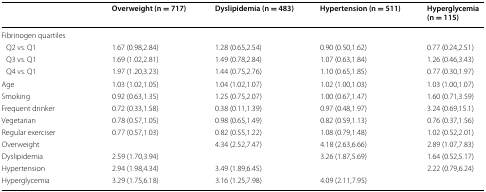
<table><thead><tr><td></td><td><b>Overweight (n = 717)</b></td><td><b>Dyslipidemia (n = 483)</b></td><td><b>Hypertension (n = 511)</b></td><td><b>Hyperglycemia (n = 115)</b></td></tr></thead><tbody><tr><td colspan="5">Fibrinogen quartiles</td></tr><tr><td> Q2 vs. Q1</td><td>1.67 (0.98,2.84)</td><td>1.28 (0.65,2.54)</td><td>0.90 (0.50,1.62)</td><td>0.77 (0.24,2.51)</td></tr><tr><td> Q3 vs. Q1</td><td>1.69 (1.02,2.81)</td><td>1.49 (0.78,2.84)</td><td>1.07 (0.63,1.84)</td><td>1.26 (0.46,3.43)</td></tr><tr><td> Q4 vs. Q1</td><td>1.97 (1.20,3.23)</td><td>1.44 (0.75,2.76)</td><td>1.10 (0.65,1.85)</td><td>0.77 (0.30,1.97)</td></tr><tr><td>Age</td><td>1.03 (1.02,1.05)</td><td>1.04 (1.02,1.07)</td><td>1.02 (1.00,1.03)</td><td>1.03 (1.00,1.07)</td></tr><tr><td>Smoking</td><td>0.92 (0.63,1.35)</td><td>1.25 (0.75,2.07)</td><td>1.00 (0.67,1.47)</td><td>1.60 (0.71,3.59)</td></tr><tr><td>Frequent drinker</td><td>0.72 (0.33,1.58)</td><td>0.38 (0.11,1.39)</td><td>0.97 (0.48,1.97)</td><td>3.24 (0.69,15.1)</td></tr><tr><td>Vegetarian</td><td>0.78 (0.57,1.05)</td><td>0.98 (0.65,1.49)</td><td>0.82 (0.59,1.13)</td><td>0.76 (0.37,1.56)</td></tr><tr><td>Regular exerciser</td><td>0.77 (0.57,1.03)</td><td>0.82 (0.55,1.22)</td><td>1.08 (0.79,1.48)</td><td>1.02 (0.52,2.01)</td></tr><tr><td>Overweight</td><td></td><td>4.34 (2.52,7.47)</td><td>4.18 (2.63,6.66)</td><td>2.89 (1.07,7.83)</td></tr><tr><td>Dyslipidemia</td><td>2.59 (1.70,3.94)</td><td></td><td>3.26 (1.87,5.69)</td><td>1.64 (0.52,5.17)</td></tr><tr><td>Hypertension</td><td>2.94 (1.98,4.34)</td><td>3.49 (1.89,6.45)</td><td></td><td>2.22 (0.79,6.24)</td></tr><tr><td>Hyperglycemia</td><td>3.29 (1.75,6.18)</td><td>3.16 (1.25,7.98)</td><td>4.09 (2.11,7.95)</td><td></td></tr></tbody></table>